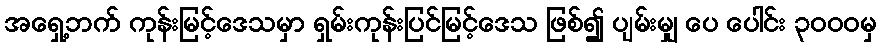
အရှေ့ဘက် ကုန်းမြင့်ဒေသမှာ ရှမ်းကုန်းပြင်မြင့်ဒေသ ဖြစ်၍ ပျမ်းမျှ ပေ ပေါင်း ၃၀၀၀မှ